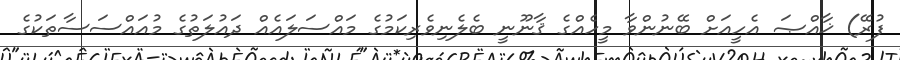
ފުރޭ) ޚާއްޞަ އެހީއަށް ބޭނުންވާ މީހެއްގެ ޤާނޫނީ ބެލެނިވެރިކަމުގެ މައްސަލައެއް ދައުލަތުގެ މުއައްސަސާތަކުގެ